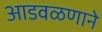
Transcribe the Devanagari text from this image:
आडवळणाने